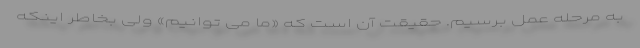
به مرحله عمل برسیم. حقیقت آن است که «ما می توانیم» ولی بخاطر اینکه